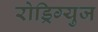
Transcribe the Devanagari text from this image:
रोड्रिग्युज